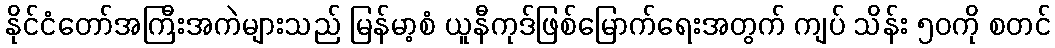
နိုင်ငံတော်အကြီးအကဲများသည် မြန်မာ့စံ ယူနီကုဒ်ဖြစ်မြောက်ရေးအတွက် ကျပ် သိန်း ၅၀ကို စတင်